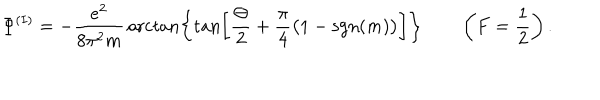
\Phi ^ { ( I ) } = - { \frac { e ^ { 2 } } { 8 \pi ^ { 2 } m } } \operatorname { a r c t a n } \biggl \{ \tan \biggl [ { \frac { \Theta } { 2 } } + { \frac { \pi } { 4 } } \bigl ( 1 - \mathrm { s g n } ( m ) \bigr ) \biggr ] \biggr \} \qquad \left( F = \frac { 1 } { 2 } \right) .